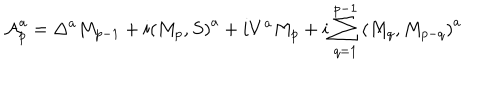
LaTeX: { \cal A } _ { p } ^ { a } = \Delta ^ { a } M _ { p - 1 } + i \left( M _ { p } , S \right) ^ { a } + i V ^ { a } M _ { p } + i \sum _ { q = 1 } ^ { p - 1 } \left( M _ { q } , M _ { p - q } \right) ^ { a }